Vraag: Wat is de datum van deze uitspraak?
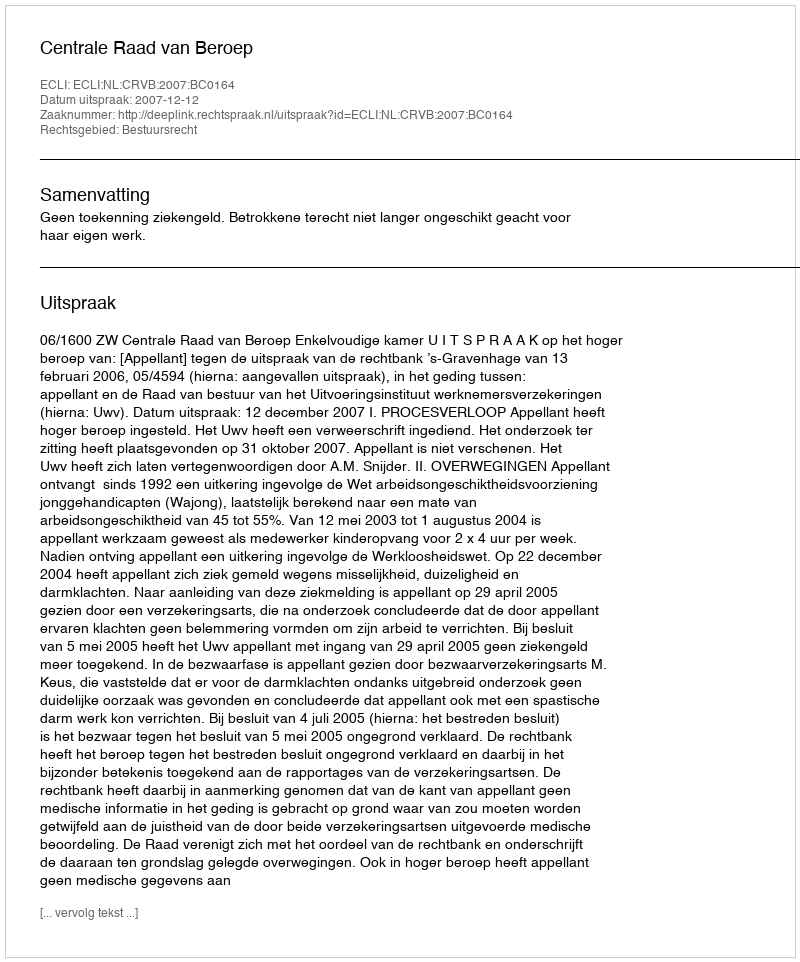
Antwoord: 2007-12-12